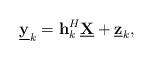
LaTeX: \begin{align*} \underline{\mathbf{y}}_k = \mathbf{h}_k^H \underline{\mathbf{X}} + \underline{\mathbf{z}}_k, \end{align*}